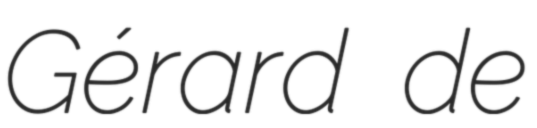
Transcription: Gérard de